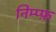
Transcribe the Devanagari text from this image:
निम्प्फ़